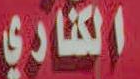
الكناري